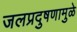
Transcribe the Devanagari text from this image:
जलप्रदुषणामुळे